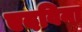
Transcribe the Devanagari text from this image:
एदविना